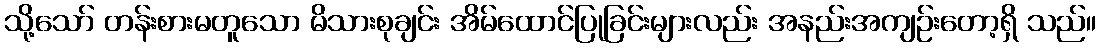
သို့သော် တန်းစားမတူသော မိသားစုချင်း အိမ်ထောင်ပြုခြင်းများလည်း အနည်းအကျဉ်းတော့ရှိ သည်။